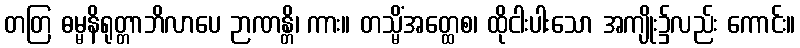
တတြ ဓမ္မနိရုတ္တာဘိလာပေ ဉာဏန္တိ၊ ကား။ တသ္မိံအတ္ထေစ၊ ထိုငါးပါးသော အကျိုး၌လည်း ကောင်း။